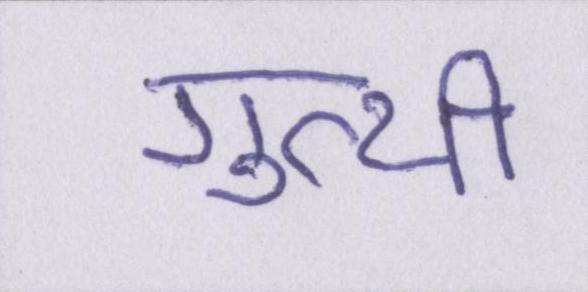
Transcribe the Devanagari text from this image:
गुत्थी